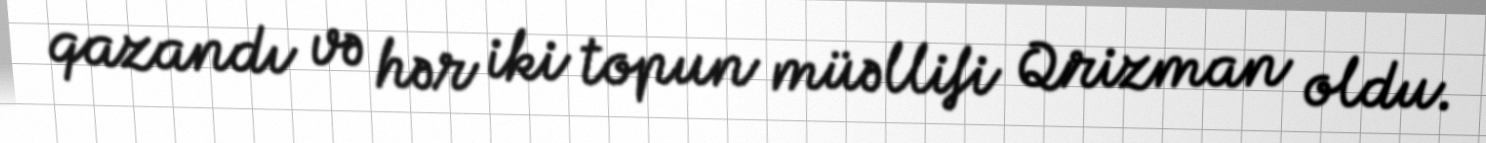
qazandı və hər iki topun müəllifi Qrizman oldu.